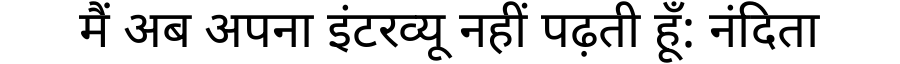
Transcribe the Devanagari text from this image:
मैं अब अपना इंटरव्यू नहीं पढ़ती हूँ: नंदिता